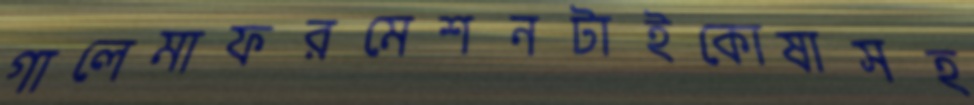
গালেমাফরমেশনটাইকোষাসহ